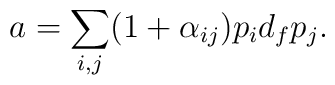
a = \sum_{i,j} (1 + \alpha_{ij}) p_{i} d_{f} p_{j}.